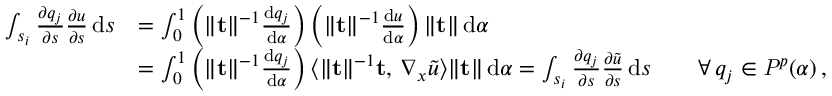
\begin{array} { r l } { \int _ { s _ { i } } \frac { \partial q _ { j } } { \partial s } \frac { \partial u } { \partial s } \, \mathrm { d } s } & { = \int _ { 0 } ^ { 1 } \left( \| \mathbf { t } \| ^ { - 1 } \frac { \mathrm { d } q _ { j } } { \mathrm { d } \alpha } \right) \left( \| \mathbf { t } \| ^ { - 1 } \frac { \mathrm { d } u } { \mathrm { d } \alpha } \right) \| \mathbf { t } \| \, \mathrm { d } \alpha } \\ & { = \int _ { 0 } ^ { 1 } \left( \| \mathbf { t } \| ^ { - 1 } \frac { \mathrm { d } q _ { j } } { \mathrm { d } \alpha } \right) \langle \| \mathbf { t } \| ^ { - 1 } \mathbf { t } , \, \nabla _ { x } \widetilde { u } \rangle \| \mathbf { t } \| \, \mathrm { d } \alpha = \int _ { s _ { i } } \frac { \partial q _ { j } } { \partial s } \frac { \partial \widetilde { u } } { \partial s } \, \mathrm { d } s \qquad \forall \, q _ { j } \in \mathit { P } ^ { p } ( \alpha ) \, , } \end{array}